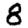
Digit: 8